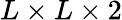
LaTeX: L\times L\times 2